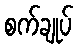
စက်ချုပ်